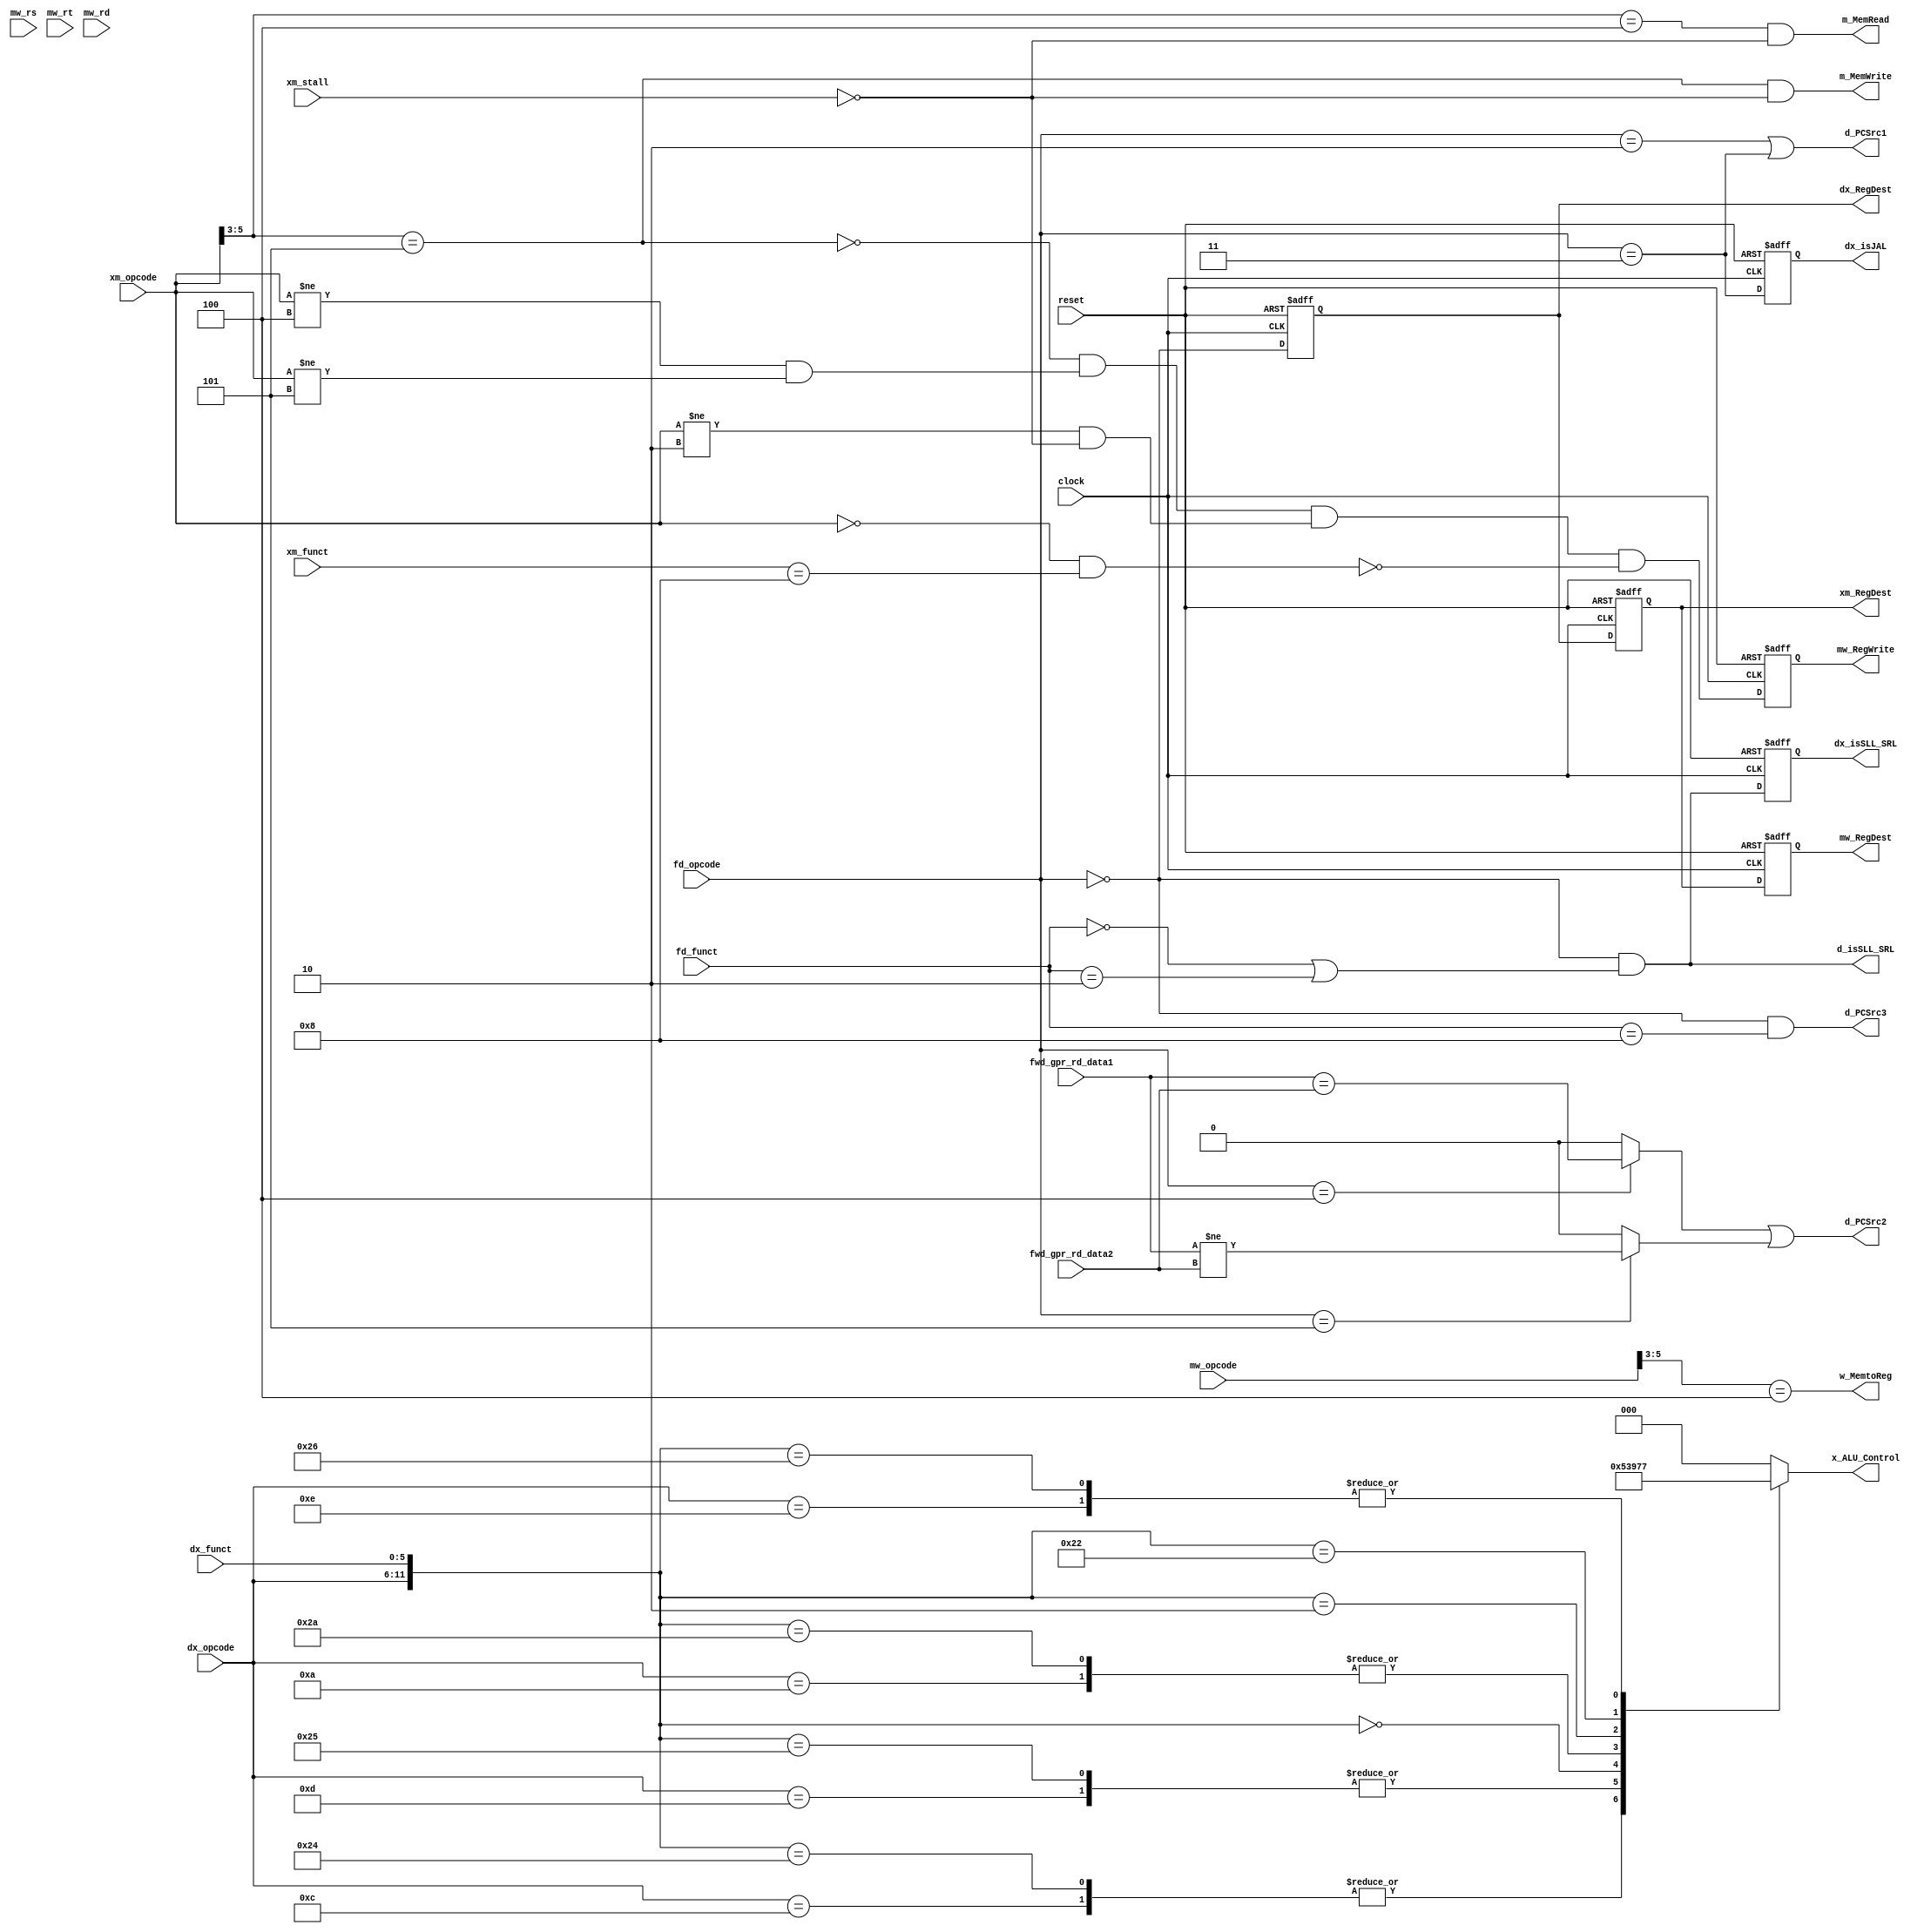

`timescale 1ns/100ps
module control_unit(clock,reset,mw_opcode,mw_rs,mw_rt,mw_rd,xm_opcode,xm_funct,xm_stall,dx_opcode,dx_funct,fd_opcode,fd_funct,fwd_gpr_rd_data1,fwd_gpr_rd_data2,mw_RegWrite,mw_RegDest,w_MemtoReg,m_MemRead,m_MemWrite,xm_RegDest,dx_RegDest,dx_isJAL,dx_isSLL_SRL,x_ALU_Control,d_PCSrc1,d_PCSrc2,d_PCSrc3,d_isSLL_SRL);
input       clock;
input       reset;
input [5:0] mw_opcode;      //Instr[31:26]
input [4:0] mw_rs;
input [4:0] mw_rt;
input [4:0] mw_rd;
input [5:0] xm_opcode;
input [5:0] xm_funct;       //Defines operation when Instructyion in R type
input       xm_stall;
input [5:0] dx_opcode;
input [5:0] dx_funct;
input [5:0] fd_opcode;
input [5:0] fd_funct;
input [31:0] fwd_gpr_rd_data1;
input [31:0] fwd_gpr_rd_data2;
output reg mw_RegWrite;          // GPR wite Disabled(0)/Enabled(1)
output reg mw_RegDest;           // Write Destination register location
                            // RegDest = 1 -> R-type - Instr[15:11]
                            // RegDest = 0 -> I-type - Instr[21:16]
output w_MemtoReg;          // Steer ALU(0)/Load memory(1) output to GPR write port
output m_MemRead;           // Read from Data memory(LW/LB=1)
output m_MemWrite;          // Write to Data memory(SW/SB=1)
output reg xm_RegDest;
output reg dx_RegDest;
output reg dx_isJAL;
output reg dx_isSLL_SRL;         // Set when Instruction is SLL or SRL
output [2:0] x_ALU_Control; // Defines the ALU operation 
output d_PCSrc1;            // PCSrc1(1)-> Next PC is Jump address
                            // PCSrc1(0)-> Next PC based on PCSrc2
output d_PCSrc2;            // (=d_bcond)When PCSrc1=0-->
                            // if PCSrc2=1-> Next PC based on Immediate address
                            // if PCSrc2=0-> Next PC is PC+4
output d_PCSrc3;            // if PCSrc3=1-> Next PC is GPR[rs]
output d_isSLL_SRL;         // Read address 1 when either SLL or SRL is Inst[20:16](Rt) else Inst[25:21]:(rs) 

parameter TD = 1;

`define ADD  6'b100000
`define AND  6'b100100 
`define JR   6'b001000
`define NOP  6'b000000
`define OR   6'b100101 
`define SLL  6'b000000
`define SLT  6'b101010
`define SRL  6'b000010
`define SUB  6'b100010
`define XOR  6'b100110 

`define ADDI 6'b001000
`define ANDI 6'b001100
`define BEQ  6'b000100
`define BNE  6'b000101
`define LB   6'b100000
`define LW   6'b100011
`define SB   6'b101000
`define SW   6'b101011
`define SLTI 6'b001010 
`define ORI  6'b001101
`define XORI 6'b001110

`define J    6'b000010
`define JAL  6'b000011

reg [2:0] x_alu_ctrl;
wire d_bcond;             // 1 when opcode is BEQ and BNE and branch is taken
wire d_bcond_beq;
wire d_bcond_bne;
reg  xm_isJAL;
wire m_opcode_store;
wire m_opcode_load;
wire m_RegWrite;

assign m_opcode_store = (xm_opcode[5:3]==3'b101);
assign m_opcode_load  = (xm_opcode[5:3]==3'b100);

//-----Memory - Writeback-----

//assign w_MemtoReg  = (mw_opcode==`LW) || (mw_opcode==`LB); //1 - WB from Mem
//                                                           //0 - WB from ALU 
assign w_MemtoReg  = (mw_opcode[5:3]==3'b100);
  //GPR wite Disabled(0)/Enabled(1)
  //Check for STALL-When There is STALL , there is no write back

//************STALL condition added to w_RegWrite****************
//assign w_RegWrite  = ( (mw_opcode!=`SW)    &&  (mw_opcode!=`SB)  ) &&  
//                     ( (mw_opcode!=`BEQ)   &&  (mw_opcode!=`BNE) ) && 
//                     ( (mw_opcode!=`J)     &&  (mw_stall==1'b0)  ) && //--Check for STALL
//                     ( !((mw_opcode==6'd0) &&  (mw_funct==`JR))  );
assign m_RegWrite  = ( m_opcode_store==0 ) &&
                     ( (xm_opcode!=`BEQ)   &&  (xm_opcode!=`BNE) ) && 
                     ( (xm_opcode!=`J)     &&  (xm_stall==1'b0)  ) && //--Check for STALL
                     ( !((xm_opcode==6'd0) &&  (xm_funct==`JR))  );

//-----Execute - Memory-----
//assign m_MemRead   = ((xm_opcode==`LW)  || (xm_opcode==`LB)) && (xm_stall==1'b0);
assign m_MemRead   = (m_opcode_load==1'b1) && (xm_stall==1'b0);

//assign m_MemWrite  = ((xm_opcode==`SW)  || (xm_opcode==`SB)) && (xm_stall==1'b0);
assign m_MemWrite  = (m_opcode_store==1'b1) && (xm_stall==1'b0);


//-----Decode - Execute-----

assign x_ALU_Control = x_alu_ctrl;

//Possibility of removing one bit frommm alu_ctrl
always@(*) begin
  casex({dx_opcode,dx_funct})
    {6'd0 ,`ADD},{`ADDI,6'dx},
    {`LB  ,6'dx},{`LW  ,6'dx},
    {`SB  ,6'dx},{`SW  ,6'dx} : x_alu_ctrl = 3'd0;
    {6'd0 ,`AND},{`ANDI,6'dx} : x_alu_ctrl = 3'd1;
    {6'd0 ,`OR} ,{`ORI ,6'dx} : x_alu_ctrl = 3'd2;
    {6'd0 ,`SLL}              : x_alu_ctrl = 3'd3;
    {6'd0 ,`SLT},{`SLTI,6'dx} : x_alu_ctrl = 3'd4;
    {6'd0 ,`SRL}              : x_alu_ctrl = 3'd5;
    {6'd0 ,`SUB}              : x_alu_ctrl = 3'd6;
    {6'd0 ,`XOR},{`XORI,6'dx} : x_alu_ctrl = 3'd7;
//     {`BEQ ,6'dx}              : alu_ctrl = 4'd8;
//     {`BNE ,6'dx}              : alu_ctrl = 4'd9;
    default                   : x_alu_ctrl = 3'd0;
  endcase
end

//-----Fetch - Decode-----

// -------Checking for BRANCH in DECODE stage itself---------
// Current Implementation is wrong. Instead of register data
// register address is compared
assign d_bcond_beq = (fd_opcode==`BEQ) ? (fwd_gpr_rd_data1==fwd_gpr_rd_data2): 1'b0;
assign d_bcond_bne = (fd_opcode==`BNE) ? (fwd_gpr_rd_data1!=fwd_gpr_rd_data2): 1'b0;
assign d_bcond     = d_bcond_beq || d_bcond_bne;
//-----------------------------------------------------------

assign d_PCSrc1    = (fd_opcode==`J)   || (fd_opcode==`JAL);

// assign d_PCSrc2    = ((fd_opcode==`BEQ) || (fd_opcode==`BNE)) && (d_bcond==1'b1);
assign d_PCSrc2    = d_bcond; 

assign d_PCSrc3    = (fd_opcode==6'd0) && (fd_funct==`JR);

assign d_isSLL_SRL = (fd_opcode==6'b0) && ((fd_funct==`SLL)||(fd_funct==`SRL)); 

always@(posedge clock or posedge reset) begin
  if(reset==1'b1) begin
    dx_isSLL_SRL<= #TD 1'b0;
    dx_RegDest  <= #TD 1'b0;
    dx_isJAL    <= #TD 1'b0;
 
    xm_RegDest  <= #TD 1'b0;
    xm_isJAL    <= #TD 1'b0;
 
    mw_RegDest  <= #TD 1'b0;
    mw_RegWrite <= #TD 1'b0; 
//    mw_isJAL    <= #TD 1'b0;
  end 
  else begin
    dx_isSLL_SRL<= #TD d_isSLL_SRL; 
    dx_RegDest  <= #TD (fd_opcode==6'b0);  //1(R-type) - rd; 0(I-type) - rs
    dx_isJAL    <= #TD (fd_opcode==`JAL);  // On JAL, the writing of PC to GPR[31]
                                           // Added for Forwarding logic


    xm_RegDest  <= #TD dx_RegDest;         //1(R-type) - rd; 0(I-type) - rs
    xm_isJAL    <= #TD (dx_opcode==`JAL);  // On JAL, the writing of PC to GPR[31]
                                           // Added for Forwarding logic


    mw_RegDest  <= #TD xm_RegDest;         //1(R-type) - rd; 0(I-type) - rs
    mw_RegWrite <= #TD m_RegWrite; 
//    mw_isJAL    <= #TD xm_isJAL;           // On JAL, the writing of PC to GPR[31]
//                                           // Added for Forwarding logic
  end
end 

endmodule